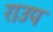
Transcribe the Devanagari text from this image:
राउप